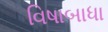
વિષાબાધા